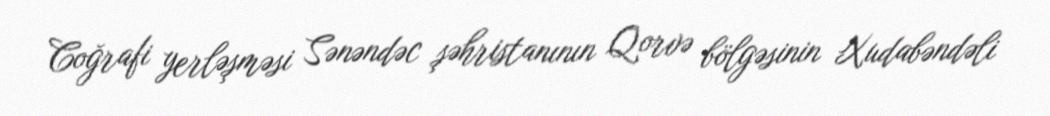
Coğrafi yerləşməsi Sənəndəc şəhristanının Qorvə bölgəsinin Xudabəndəli